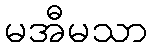
မအီမသာ